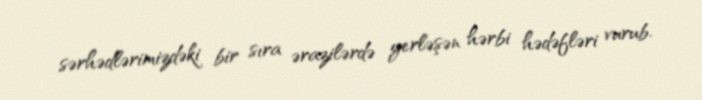
sərhədlərimizdəki bir sıra ərazilərdə yerləşən hərbi hədəfləri vurub.